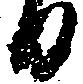
日